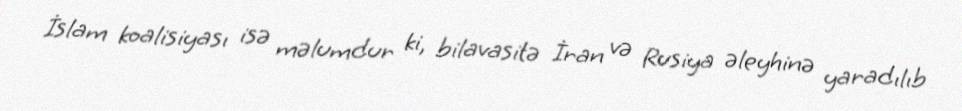
İslam koalisiyası isə məlumdur ki, bilavasitə İran və Rusiya əleyhinə yaradılıb